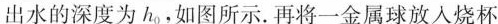
出水的深度为h_{0}，如图所示。再将一金属球放入烧杯